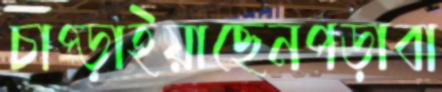
চাপ্‌ড়াইয়াছেনপড়াবা